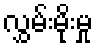
လွှမ်းမိုးမှု